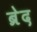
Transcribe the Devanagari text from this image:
ब्रेद